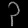
Digit: ၃